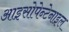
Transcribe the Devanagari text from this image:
आइसोपेन्टेनाइल